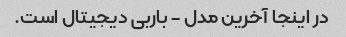
در اینجا آخرین مدل - باربی دیجیتال است.